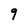
Character: 9